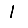
Digit: 1